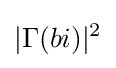
|\Gamma (bi)|^{2}